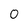
Character: 0